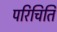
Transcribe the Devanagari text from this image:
परिचिति